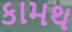
કામથ